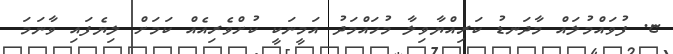
ޏ. ފުވައްމުލައް މާދަނޑު ކަރިއްޔާވިލާ މުހައްމަދު އަމީނަކީ ކުށްވެރިއެއް ކަމަށް ލިޔެފައި ވާނަމަ